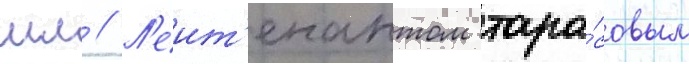
мл // Л'еит'енантом тара́совым